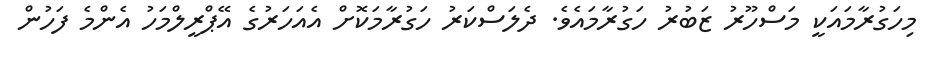
މިހަގުރާމައަކީ މަސްހޫރު ޒަބުރު ހަގުރާމައެވެ. ދެލަސްކަރު ހަގުރާމަކޮށް އެއަހަރުގެ އޭޕްރީލްމަހު އެންމެ ފަހުން